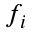
f _ { i }